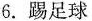
6.踢足球